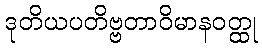
ဒုတိယပတိဗ္ဗတာဝိမာနဝတ္ထု